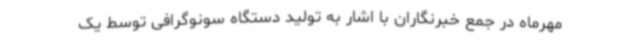
مهرماه در جمع خبرنگاران با اشار به تولید دستگاه سونوگرافی توسط یک